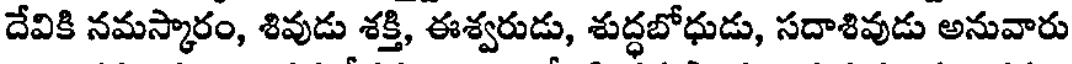
దేవికి నమస్కారం, శివుడు శక్తి, ఈశ్వరుడు, శుద్ధబోధుడు, సదాశివుడు అనువారు